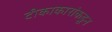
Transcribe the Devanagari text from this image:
टीकाकारांकडून